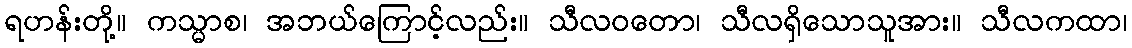
ရဟန်းတို့။ ကသ္မာစ၊ အဘယ်ကြောင့်လည်း။ သီလဝတော၊ သီလရှိသောသူအား။ သီလကထာ၊